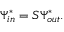
\Psi _ { i n } ^ { * } = S \Psi _ { o u t } ^ { * } .